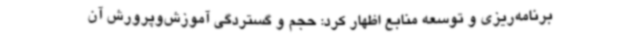
برنامه‌ریزی و توسعه منابع اظهار کرد: حجم و گستردگی آموزش‌وپرورش آن